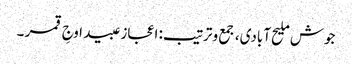
جوش ملیح آبادی، جمع و ترتیب: اعجاز عبید اوجِ قمر ۔